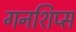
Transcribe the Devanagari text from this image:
गनशिप्स